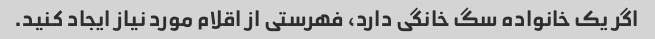
اگر یک خانواده سگ خانگی دارد، فهرستی از اقلام مورد نیاز ایجاد کنید.